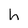
Character: h